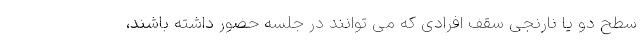
سطح دو یا نارنجی سقف افرادی که می توانند در جلسه حضور داشته باشند،